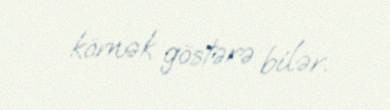
kömək göstərə bilər.